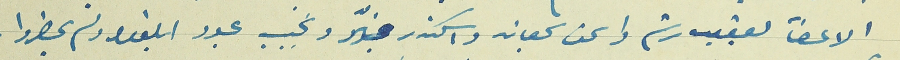
الاعضآ يعقوب رستم واسحق سجعان واسكندر منيّر ونجيب عبود ابلغوا ولم يحضروا.